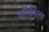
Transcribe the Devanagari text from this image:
कॉफीला